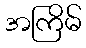
အကြိမ်